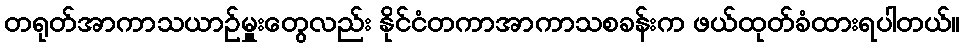
တရုတ်အာကာသယာဉ်မှူးတွေလည်း နိုင်ငံတကာအာကာသစခန်းက ဖယ်ထုတ်ခံထားရပါတယ်။